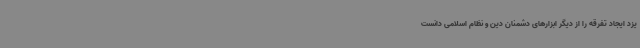
یزد ایجاد تفرقه را از دیگر ابزارهای دشمنان دین و نظام اسلامی دانست